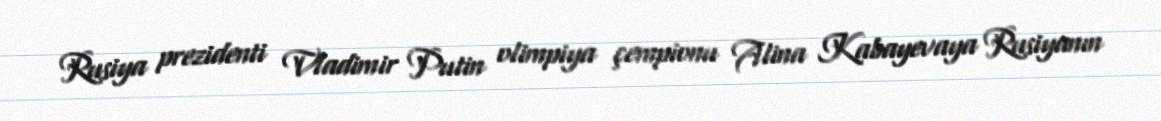
Rusiya prezidenti Vladimir Putin olimpiya çempionu Alina Kabayevaya Rusiyanın